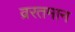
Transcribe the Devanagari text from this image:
व्ररतमान